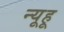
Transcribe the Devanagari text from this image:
न्यूहू